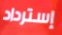
إسترداد